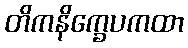
တိကနိက္ခေပကထာ